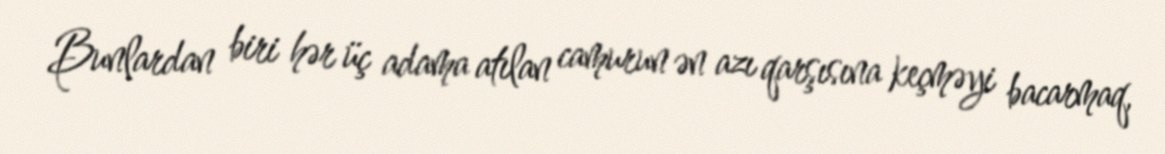
Bunlardan biri hər üç adama atılan camurun ən azı qarşısına keçməyi bacarmaq,